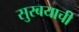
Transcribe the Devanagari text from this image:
सुरबयाची